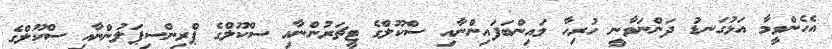
އެހެންވީމާ އަޅުގަނޑު ދަންނަވާނީ ހުރިހާ މައިންބަފައިންނާއި ސްކޫލްގެ ޓީޗަރުންނާއި ސްކޫލްގެ ޕްރިންސިޕަލުންނާއި ސްކޫލްގެ